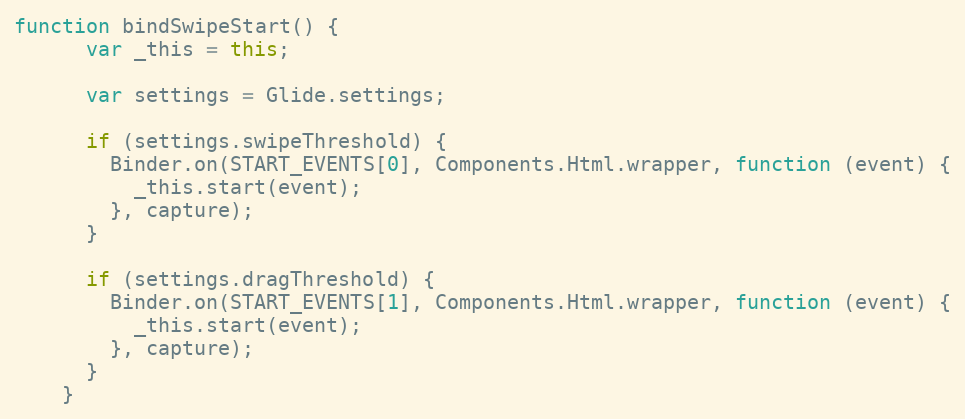
Language: JavaScript
function bindSwipeStart() {
      var _this = this;

      var settings = Glide.settings;

      if (settings.swipeThreshold) {
        Binder.on(START_EVENTS[0], Components.Html.wrapper, function (event) {
          _this.start(event);
        }, capture);
      }

      if (settings.dragThreshold) {
        Binder.on(START_EVENTS[1], Components.Html.wrapper, function (event) {
          _this.start(event);
        }, capture);
      }
    }